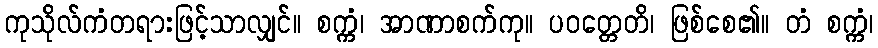
ကုသိုလ်ကံတရားဖြင့်သာလျှင်။ စက္ကံ၊ အာဏာစက်ကု။ ပဝတ္တေတိ၊ ဖြစ်စေ၏။ တံ စက္ကံ၊